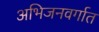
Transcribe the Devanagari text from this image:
अभिजनवर्गात